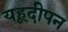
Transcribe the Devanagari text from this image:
यहूदीपन